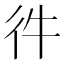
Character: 𢓐